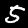
Digit: 5